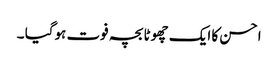
احسن کا ایک چھوٹا بچہ فوت ہوگیا ۔